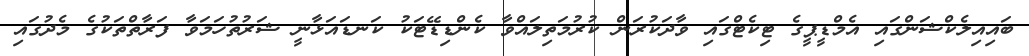
ބައިއިލެކްޝަންގައި އެމްޑީޕީގެ ޓިކެޓްގައި ވާދަކުރަން ކުރުމަތިލައްވާ ކެންޑިޑޭޓަކު ކަނޑައަޅާނީ ޝަރުތުހަމަވާ ފަރާތްތަކުގެ މެދުގައި